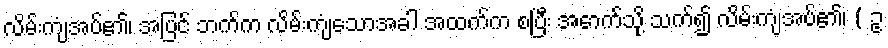
လိမ်းကျံအပ်၏၊ အပြင် ဘက်က လိမ်းကျံသောအခါ အထက်က စပြီး အောက်သို့ သက်၍ လိမ်းကျံအပ်၏၊ ( ဥ